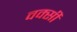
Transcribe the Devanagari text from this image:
वक्सी